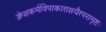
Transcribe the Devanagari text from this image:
क्लेशकर्मविपाकाराशयैरपरामृष्टः